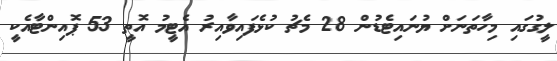
ލީގުގައި މިހާތަނަށް ޔުނައިޓެޑުން 28 މެޗު ކުޅެފައިވާއިރު އެޓީމު އޮތީ 53 ޕޮއިންޓާއެކީ